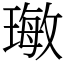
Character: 𤨨